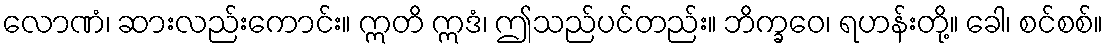
လောဏံ၊ ဆားလည်းကောင်း။ ဣတိ ဣဒံ၊ ဤသည်ပင်တည်း။ ဘိက္ခဝေ၊ ရဟန်းတို့။ ခေါ၊ စင်စစ်။